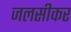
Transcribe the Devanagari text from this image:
जलसीकर